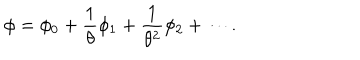
\phi = \phi _ { 0 } + { \frac { 1 } { \theta } } \phi _ { 1 } + { \frac { 1 } { \theta ^ { 2 } } } \phi _ { 2 } + \cdots .